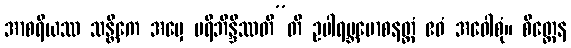
အာစရိယဿ သန္တိကေ အမှေ ပရိဘိန္ဒိဿတီ”တိ ဥပါရမ္ဘမောစနတ္ထံ ဧဝံ အဝေါစုံ။ စိတ္တေန